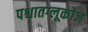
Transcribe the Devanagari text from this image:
पश्चातग्लूकोज